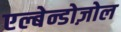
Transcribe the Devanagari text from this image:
एल्बेन्डोज़ोल